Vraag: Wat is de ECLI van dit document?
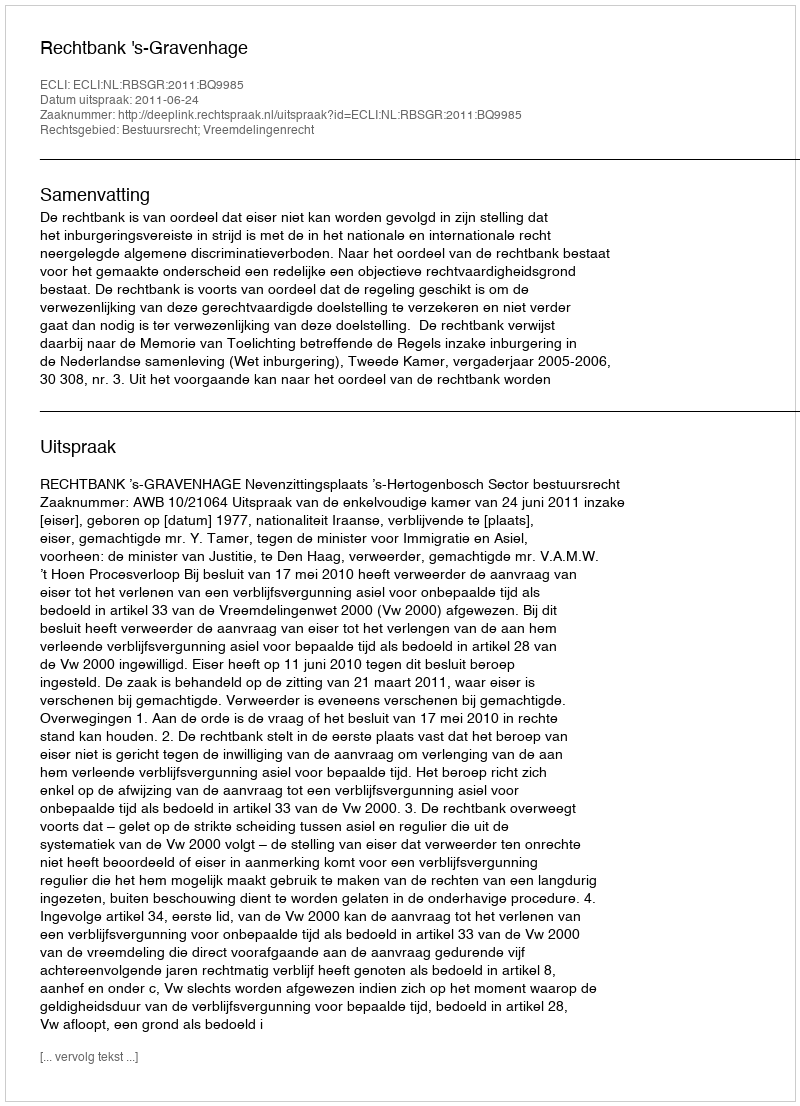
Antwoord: ECLI:NL:RBSGR:2011:BQ9985